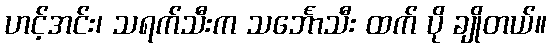
ဟင့်အင်း၊ သရက်သီးက သင်္ဘောသီး ထက် ပို ချိုတယ်။